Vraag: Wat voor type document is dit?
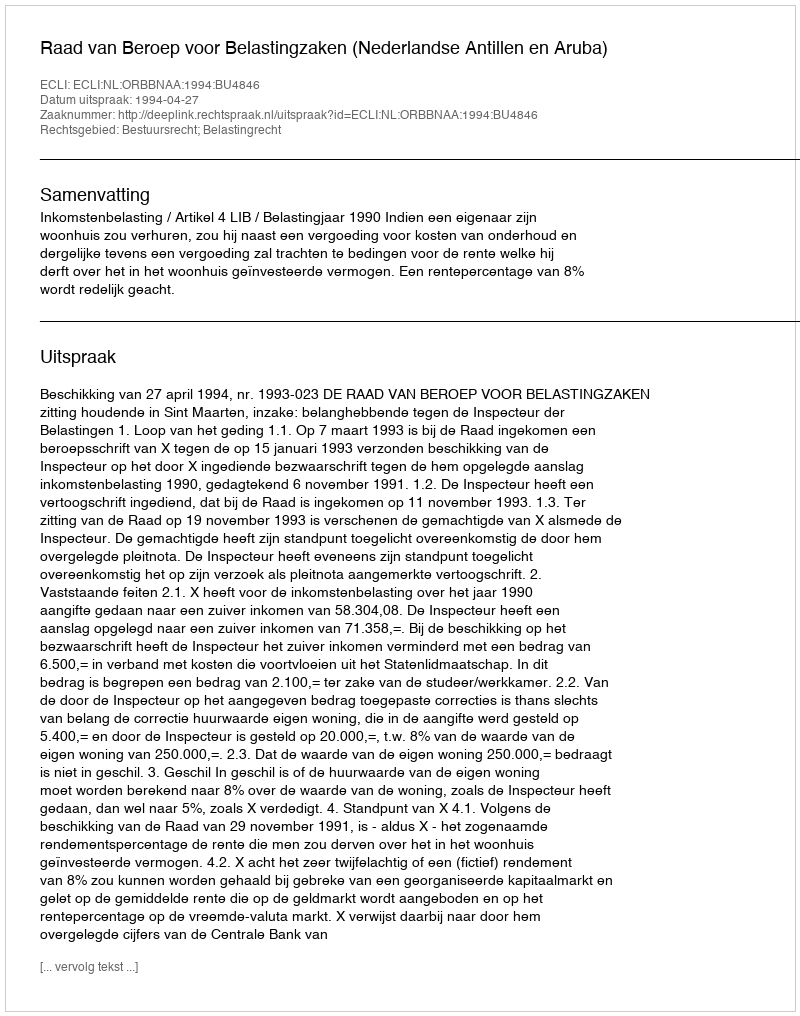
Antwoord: Uitspraak